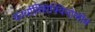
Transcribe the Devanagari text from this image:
कार्बाक्सिक्विनोलोन